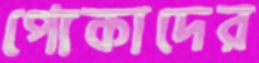
পোকাদের